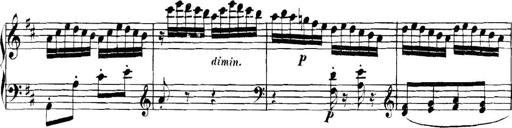
Title: Collected Piano Sonatas
Composer: Muzio Clementi